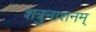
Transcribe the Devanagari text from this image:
शत्रुनाशनम्